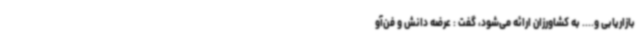
بازاریابی و.... به کشاورزان ارائه می‌شود، گفت : عرضه دانش و فن‌آو